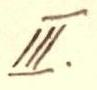
III.